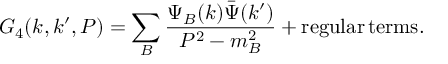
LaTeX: G _ { 4 } ( k , k ^ { \prime } , P ) = \sum _ { B } { \frac { \Psi _ { B } ( k ) \bar { \Psi } ( k ^ { \prime } ) } { P ^ { 2 } - m _ { B } ^ { 2 } } } + \mathrm { r e g u l a r } \, \mathrm { t e r m s } .